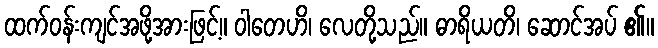
ထက်ဝန်းကျင်အဖို့အားဖြင့်။ ဝါတေဟိ၊ လေတို့သည်။ ဓာရိယတိ၊ ဆောင်အပ် ၏။